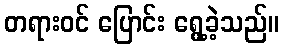
တရားဝင် ပြောင်း ရွေ့ခဲ့သည်။